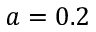
a = 0 . 2